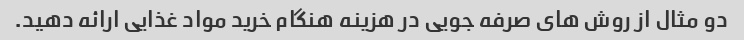
دو مثال از روش های صرفه جویی در هزینه هنگام خرید مواد غذایی ارائه دهید.